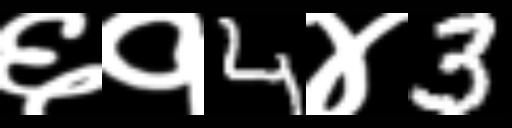
Text: ६१4४3